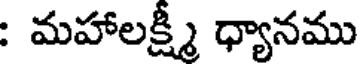
: మహాలక్ష్మీ ధ్యానము